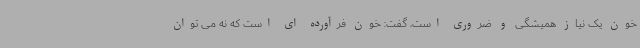
خون یک نیاز همیشگی و ضروری است، گفت: خون فرآورده ای است که نه می توان